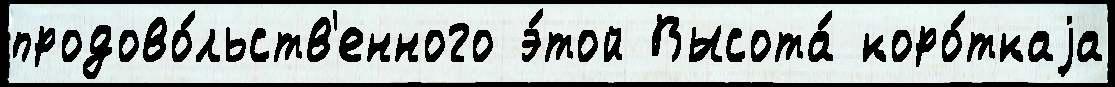
продово́льств'енного э́той Высота́ коро́ткаjа